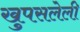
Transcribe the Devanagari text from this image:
खुपसलेली